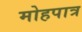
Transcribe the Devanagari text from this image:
मोहपात्र